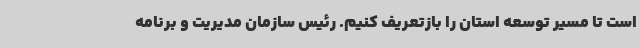
است تا مسیر توسعه استان را بازتعریف کنیم. رئیس سازمان مدیریت و برنامه